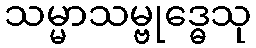
သမ္မာသမ္ဗုဒ္ဓေသု